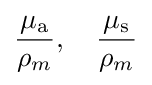
{\frac {\mu _{\mathrm {a} }}{\rho _{m}}},\quad {\frac {\mu _{\mathrm {s} }}{\rho _{m}}}